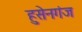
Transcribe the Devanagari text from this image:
हुसेनगंज